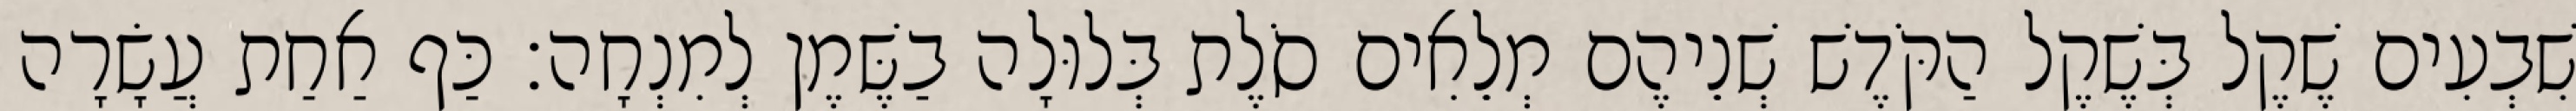
שִׁבְעִים שֶׁקֶל בְּשֶׁקֶל הַקֹּדֶשׁ שְׁנֵיהֶם מְלֵאִים סֹלֶת בְּלוּלָה בַשֶּׁמֶן לְמִנְחָה׃ כַּף אַחַת עֲשָׂרָה